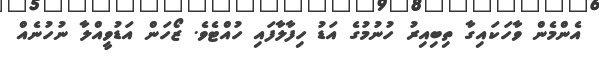
އެންމެން ވާހަކައިގާ ތިބިއިރު ހުނުމުގެ އަޑު ހިފާލާފައި ހުއްޓެވެ. ޒޯހަން އަޑުވީއްލާ ނުހުނެއް